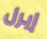
إيرل